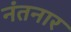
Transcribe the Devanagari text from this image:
नंतनार